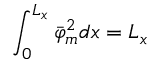
\int _ { 0 } ^ { L _ { x } } \bar { \varphi } _ { m } ^ { 2 } d x = L _ { x }